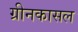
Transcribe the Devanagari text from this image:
ग्रीनकासल